Source: Handwritten
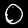
Digit: ၀ (0)